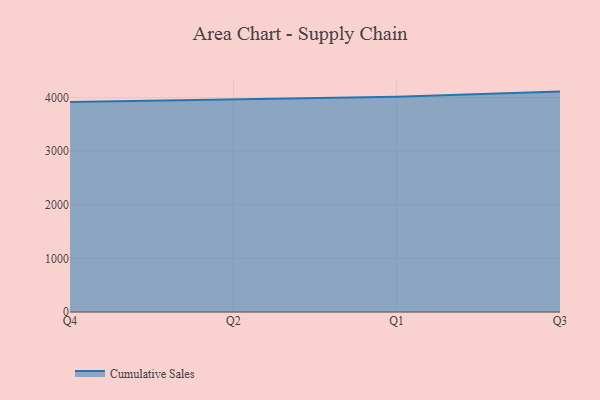
{"axis": {"x": "Quarter", "y": "Bounce Rate (%)"}, "legend": ["Cumulative Sales"], "data": [{"x": "Q4", "y": 3919.6, "type": "Cumulative Sales"}, {"x": "Q2", "y": 3961.5, "type": "Cumulative Sales"}, {"x": "Q1", "y": 4016.0, "type": "Cumulative Sales"}, {"x": "Q3", "y": 4111.9, "type": "Cumulative Sales"}]}